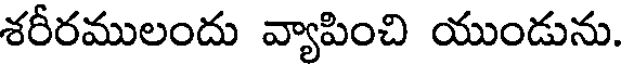
శరీరములందు వ్యాపించి యుండును.